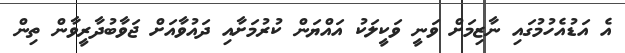
އެ އަޑުއެހުމުގައި ނާޒިމަށް ވަނީ ވަކީލަކު އައްޔަން ކުރުމަށާއި ދައުވާއަށް ޖަވާބުދާރީވާން ތިން